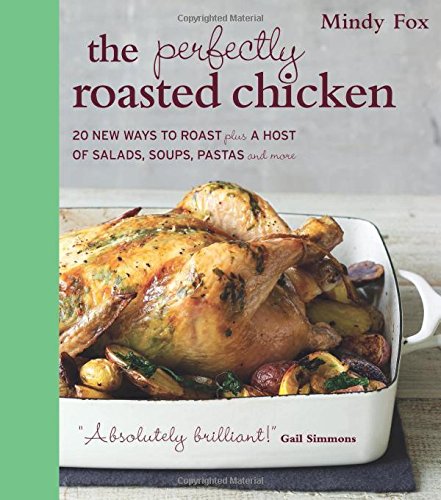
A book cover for The Perfectly Roasted Chicken: 20 New Ways to Roast Plus a Host of Salads, Soups, Pastas, and More; Mindy Fox; Cookbooks, Food & Wine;